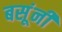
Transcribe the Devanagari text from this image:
बसूंनी